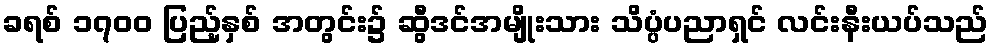
ခရစ် ၁၇၀၀ ပြည့်နှစ် အတွင်း၌ ဆွီဒင်အမျိုးသား သိပ္ပံပညာရှင် လင်းနီးယပ်သည်